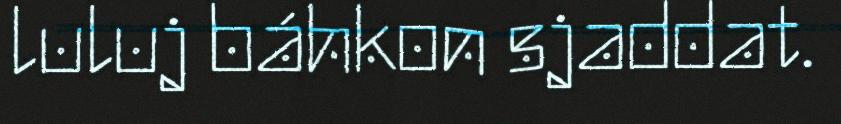
luluj báhkon sjaddat.